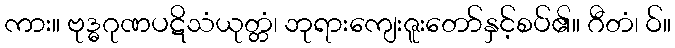
ကား။ ဗုဒ္ဓဂုဏပဋိသံယုတ္တံ၊ ဘုရားကျေးဇူးတော်နှင့်စပ်၏။ ဂီတံ၊ ဝ်။